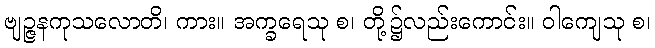
ဗျဉ္ဇနကုသလောတိ၊ ကား။ အက္ခရေသု စ၊ တို့၌လည်းကောင်း။ ဝါကျေသု စ၊